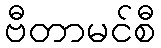
ဗီတာမင်စီ